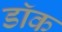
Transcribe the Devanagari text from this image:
डाॅक